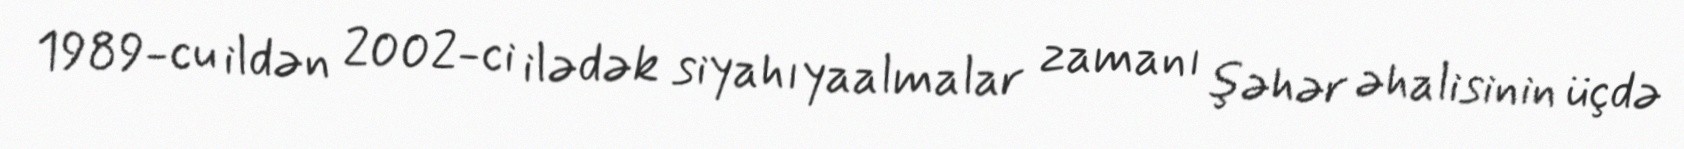
1989-cu ildən 2002-ci ilədək siyahıyaalmalar zamanı şəhər əhalisinin üçdə